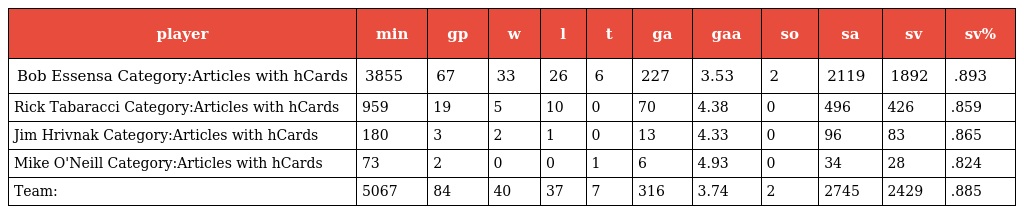
| player | min | gp | w | l | t | ga | gaa | so | sa | sv | sv% |
 | --- | --- | --- | --- | --- | --- | --- | --- | --- | --- | --- | --- |
 | Bob Essensa Category:Articles with hCards | 3855 | 67 | 33 | 26 | 6 | 227 | 3.53 | 2 | 2119 | 1892 | .893 |
 | Rick Tabaracci Category:Articles with hCards | 959 | 19 | 5 | 10 | 0 | 70 | 4.38 | 0 | 496 | 426 | .859 |
 | Jim Hrivnak Category:Articles with hCards | 180 | 3 | 2 | 1 | 0 | 13 | 4.33 | 0 | 96 | 83 | .865 |
 | Mike O'Neill Category:Articles with hCards | 73 | 2 | 0 | 0 | 1 | 6 | 4.93 | 0 | 34 | 28 | .824 |
 | Team: | 5067 | 84 | 40 | 37 | 7 | 316 | 3.74 | 2 | 2745 | 2429 | .885 |